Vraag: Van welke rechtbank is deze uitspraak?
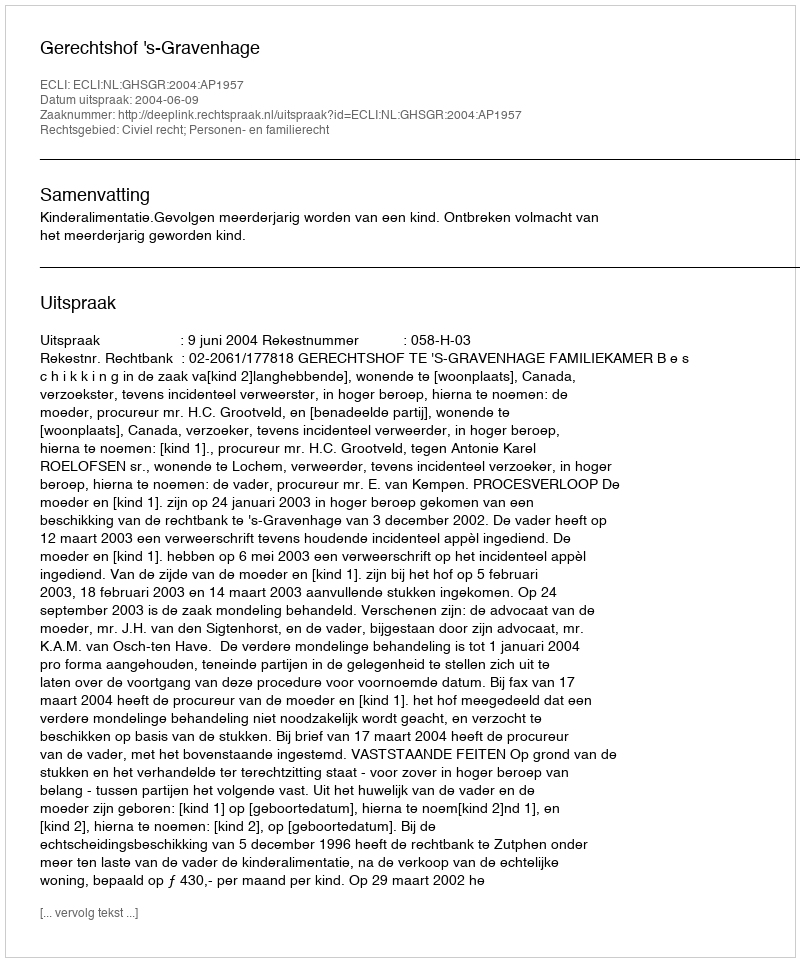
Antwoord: Gerechtshof 's-Gravenhage